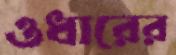
ওধারের